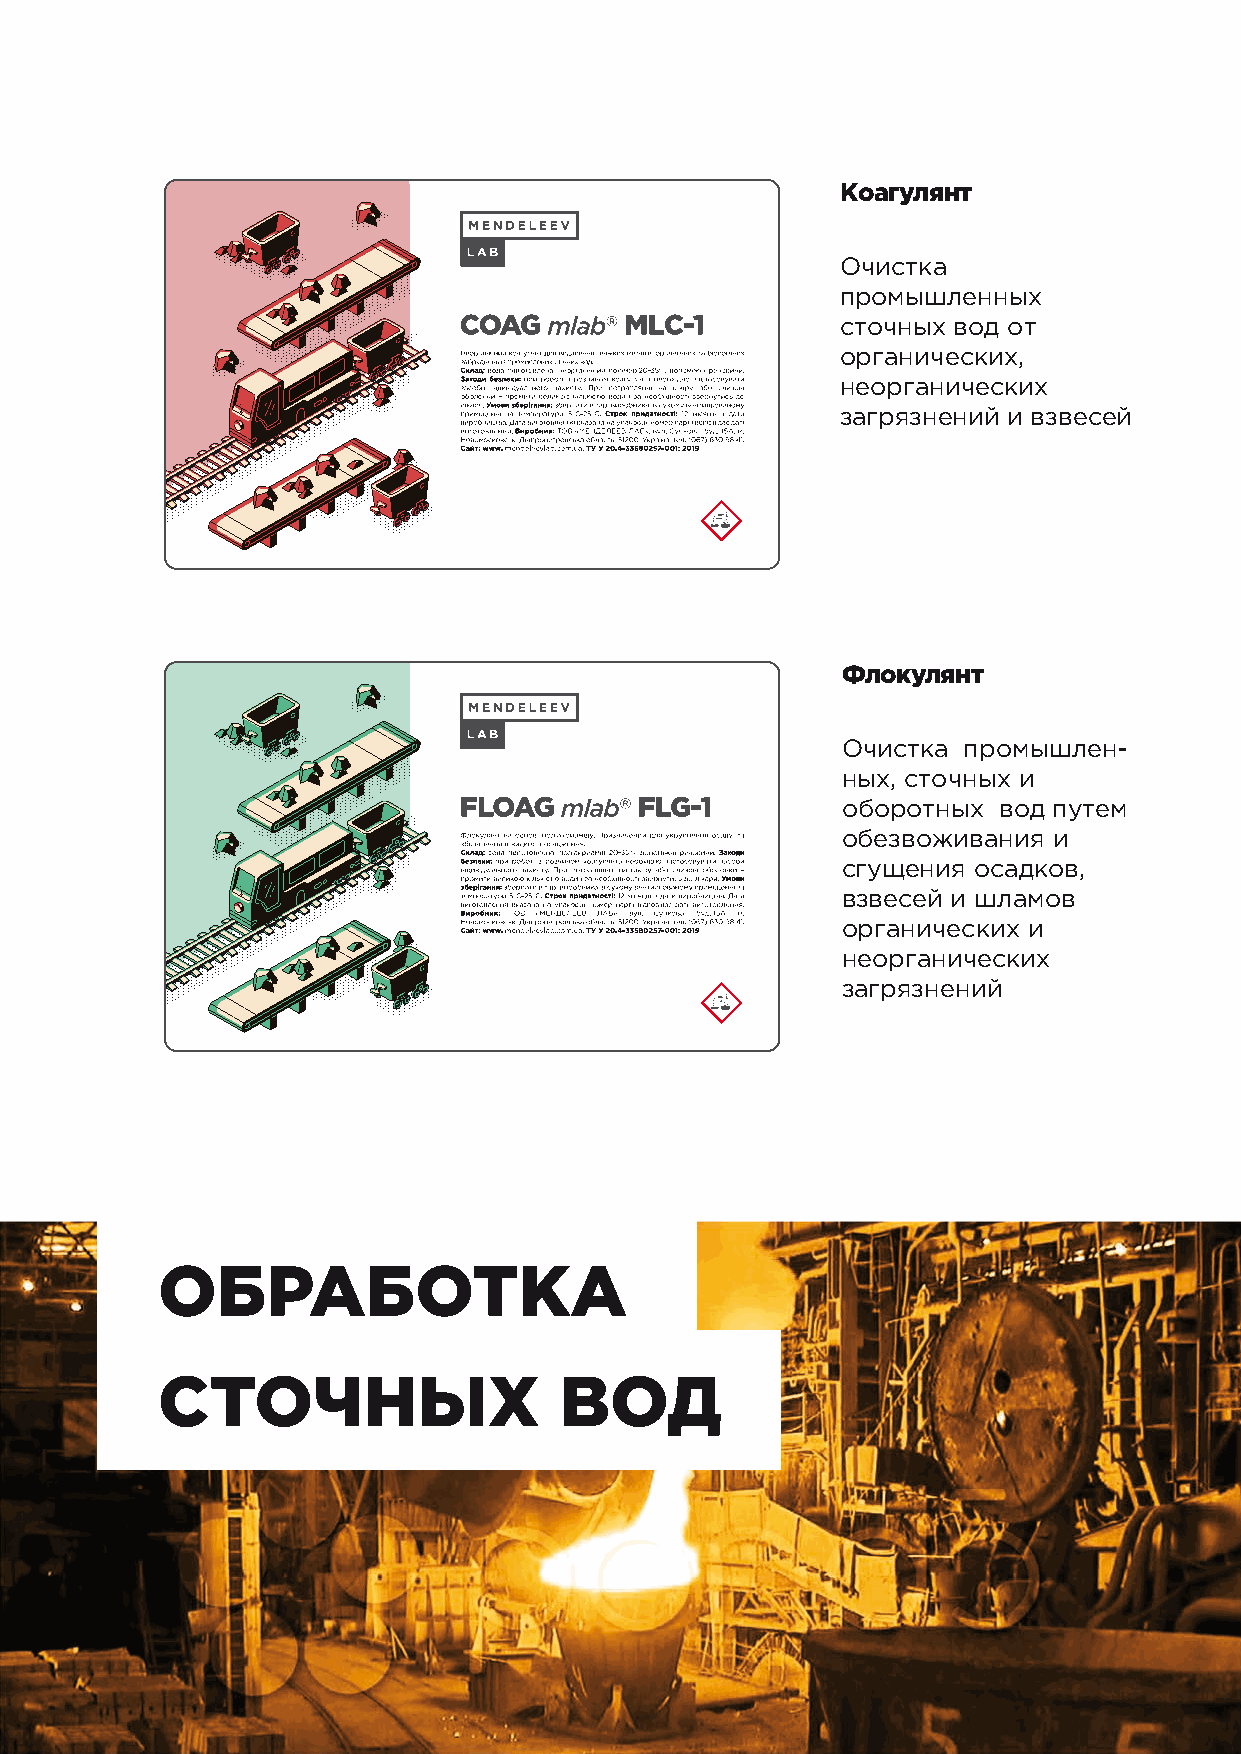
Коагулянт
 Очистка
 промышленных
 сточных вод от
 органических,
 неорганических
 загрязнений и взвесей
 Флокулянт
 Очистка промышлен-
 ных, сточных и
 оборотных вод путем
 обезвоживания и
 сгущения осадков,
 взвесей и шламов
 органических и
 неорганических
 загрязнений
 ОБРАБОТКА
 СТОЧНЫХ                    ВОД